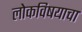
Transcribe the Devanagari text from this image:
लोकविषयाचा